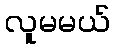
လူမမယ်